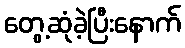
တွေ့ဆုံခဲ့ပြီးနောက်